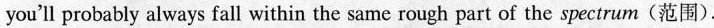
you'll probably always fall within the same rough part of the spectrum (范围).